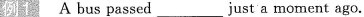
例1 A bus passed just___a moment ago.